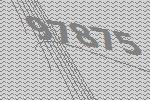
97875